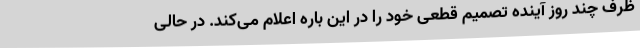
ظرف چند روز آینده تصمیم قطعی خود را در این باره اعلام می‌کند. در حالی